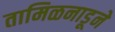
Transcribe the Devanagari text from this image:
तामिळनाडूने